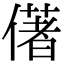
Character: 㒂